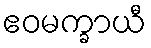
ဧဝမက္ခာယီ